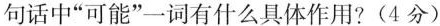
句话中“可能”一词有什么具体作用?(4分)